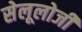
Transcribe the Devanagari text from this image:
सेलूलोजी